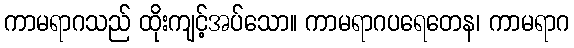
ကာမရာဂသည် ထိုးကျင့်အပ်သော။ ကာမရာဂပရေတေန၊ ကာမရာဂ